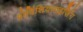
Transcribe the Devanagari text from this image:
प्रोविंशियलाइज़िंग